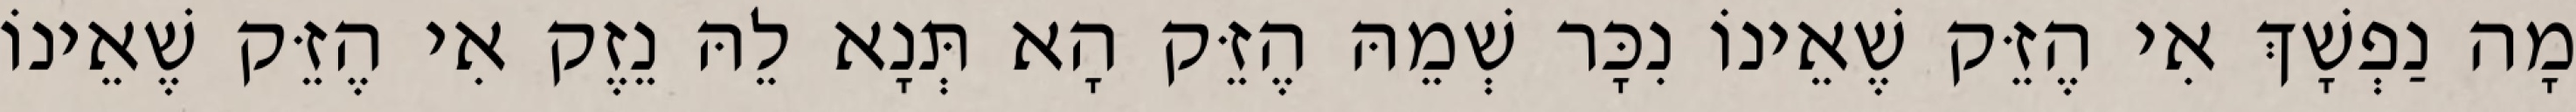
מָה נַפְשָׁךְ אִי הֶזֵּק שֶׁאֵינוֹ נִכָּר שְׁמֵהּ הֶזֵּק הָא תְּנָא לֵהּ נֵזֶק אִי הֶזֵּק שֶׁאֵינוֹ